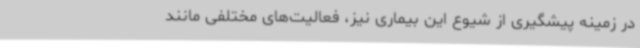
در زمینه پیشگیری از شیوع این بیماری نیز، فعالیت‌های مختلفی مانند